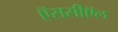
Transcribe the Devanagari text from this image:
ऍससीऍल